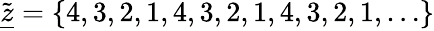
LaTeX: \tilde{\underline{{z}}}=\{ 4,3,2,1,4,3,2,1,4,3,2,1,\dots\}